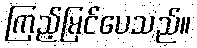
ကြည့်မြင်ပေသည်။